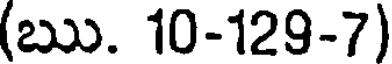
(ఋ. 10-129-7)